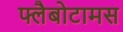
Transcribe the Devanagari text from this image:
फ्लैबोटामस